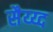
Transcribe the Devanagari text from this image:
सैय्य्द